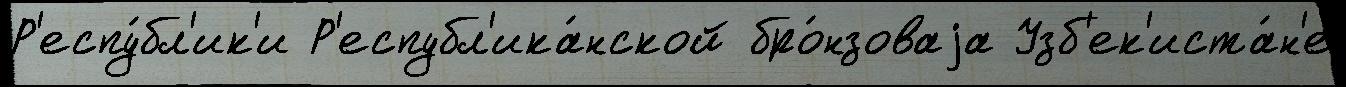
Р'еспу́бл'ик'и Р'еспубл'ика́нской бро́нзоваjа Узб'ек'иста́н'е